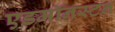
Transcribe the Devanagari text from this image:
एडमॉनस्टन